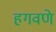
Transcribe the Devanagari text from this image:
हगवणे